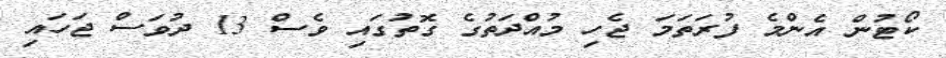
ކޯޓުން އެންމެ ފުރަތަމަ ޖެހި މުއްދަތުގެ ގޮތުގައި ވެސް 13 ދުވަސް ޖަހައި